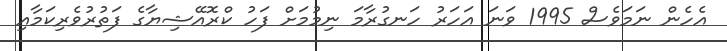
އެހެން ނަމަވެސް 1995 ވަނަ އަހަރު ހަނގުރާމަ ނިމުމަށް ފަހު ކްރޮއޭޝިޔާގެ ފަތުރުވެރިކަމާއި